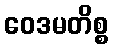
ဝေဒမတိစ္စ